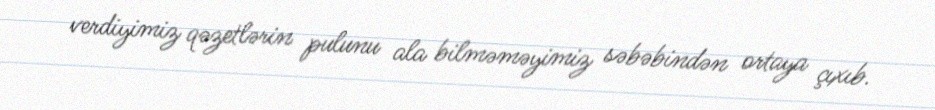
verdiyimiz qəzetlərin pulunu ala bilməməyimiz səbəbindən ortaya çıxıb.